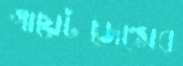
গায়েটজেন্সের